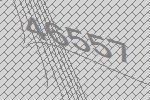
46557